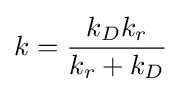
k={\frac {k_{D}k_{r}}{k_{r}+k_{D}}}